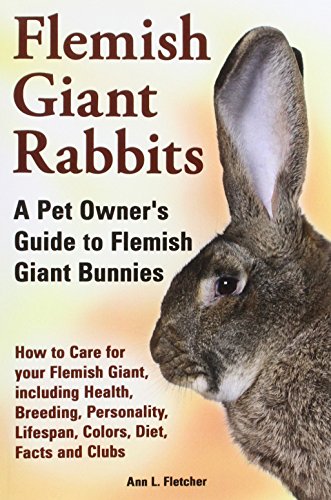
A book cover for Flemish Giant Rabbits, A Pet Owner's Guide to Flemish Giant Bunnies How to Care for your Flemish Giant, including Health, Breeding, Personality, Lifespan, Colors, Diet, Facts and Clubs; Ann L. Fletcher; Crafts, Hobbies & Home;